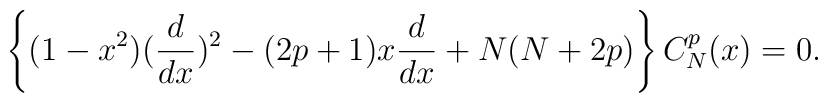
\left\{ (1-x^2)({d\over dx})^2 - (2p+1)x {d\over dx} + N(N+2p)\right \}C_{N}^{p}(x)= 0.